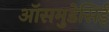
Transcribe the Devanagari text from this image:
ऑसमुडेसिई